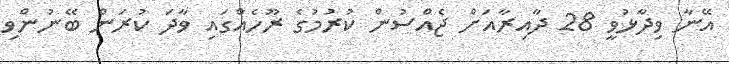
އޭނާ ވިދާޅުވީ 28 ދާއިރާއަށް ޖެއްސުން ކުރުމުގެ ރޫހެއްގައި ވާދަ ކުރަން ބޭނުންވި